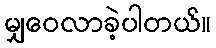
မျှဝေလာခဲ့ပါတယ်။